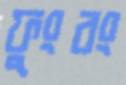
ফুংবং